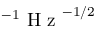
^ { - 1 } \textrm { H z } ^ { - 1 / 2 }